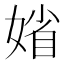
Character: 𡞞